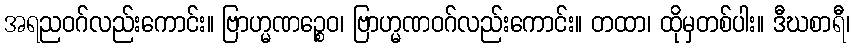
အရညဝဂ်လည်းကောင်း။ ဗြာဟ္မဏဉ္စေဝ၊ ဗြာဟ္မဏဝဂ်လည်းကောင်း။ တထာ၊ ထိုမှတစ်ပါး။ ဒီဃစာရီ၊